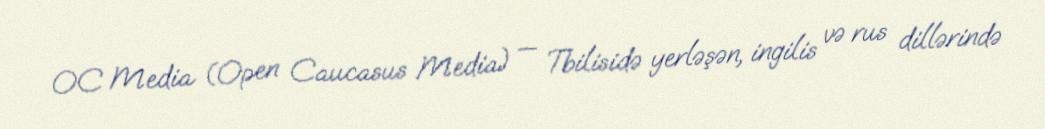
OC Media (Open Caucasus Media) — Tbilisidə yerləşən, ingilis və rus dillərində